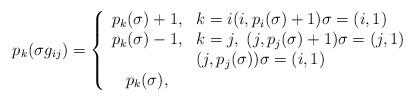
LaTeX: \begin{align*}p_k(\sigma g_{ij}) = \left\{\begin{array}{cl}p_k(\sigma) + 1, & k=i (i,p_i(\sigma)+1)\sigma = (i,1)\\p_k(\sigma) - 1, & k=j,\ (j,p_j(\sigma)+1)\sigma = (j,1) \\ & (j,p_j(\sigma))\sigma = (i,1)\\p_k(\sigma), & \end{array}\right.\end{align*}